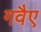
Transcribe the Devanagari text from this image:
गवैए